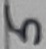
Text: 5